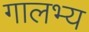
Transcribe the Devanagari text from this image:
गालभ्य